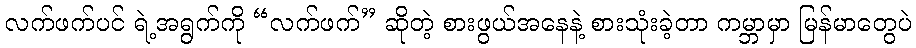
လက်ဖက်ပင် ရဲ့အရွက်ကို “လက်ဖက်” ဆိုတဲ့ စားဖွယ်အနေနဲ့ စားသုံးခဲ့တာ ကမ္ဘာမှာ မြန်မာတွေပဲ